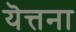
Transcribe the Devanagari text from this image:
यॆत्तना